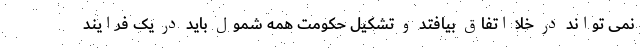
نمی تواند در خلا اتفاق بیافتد و تشکیل حکومت همه شمول باید در یک فرایند